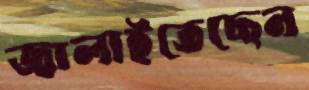
জ্বালাইতেছেন